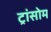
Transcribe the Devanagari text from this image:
ट्रांसोम